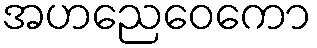
အဟညေဝေကော